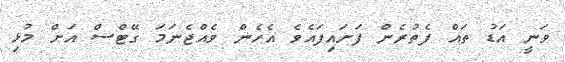
ވަނީ އަޑު ތައް ފެތުރެން ފަށައިފައެވެ އެހެން ވެއްޖެނަމަ ގޭޓްސް އަށް މުޅި